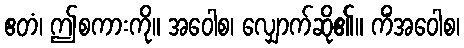
ဧတံ၊ ဤစကားကို။ အဝေါစ၊ လျှောက်ဆို၏။ ကိံအဝေါစ၊